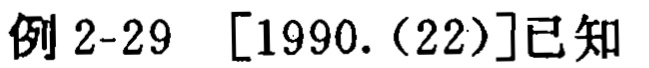
例 2-29 [1990.(22)]已知